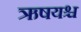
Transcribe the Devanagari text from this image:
ऋषयश्च